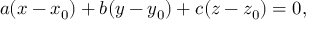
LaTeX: a ( x - x _ { 0 } ) + b ( y - y _ { 0 } ) + c ( z - z _ { 0 } ) = 0 ,